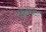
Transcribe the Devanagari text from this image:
घुलावट